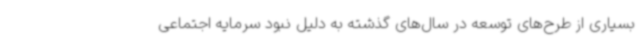
بسیاری از طرح‌های توسعه در سال‌های گذشته به دلیل نبود سرمایه اجتماعی